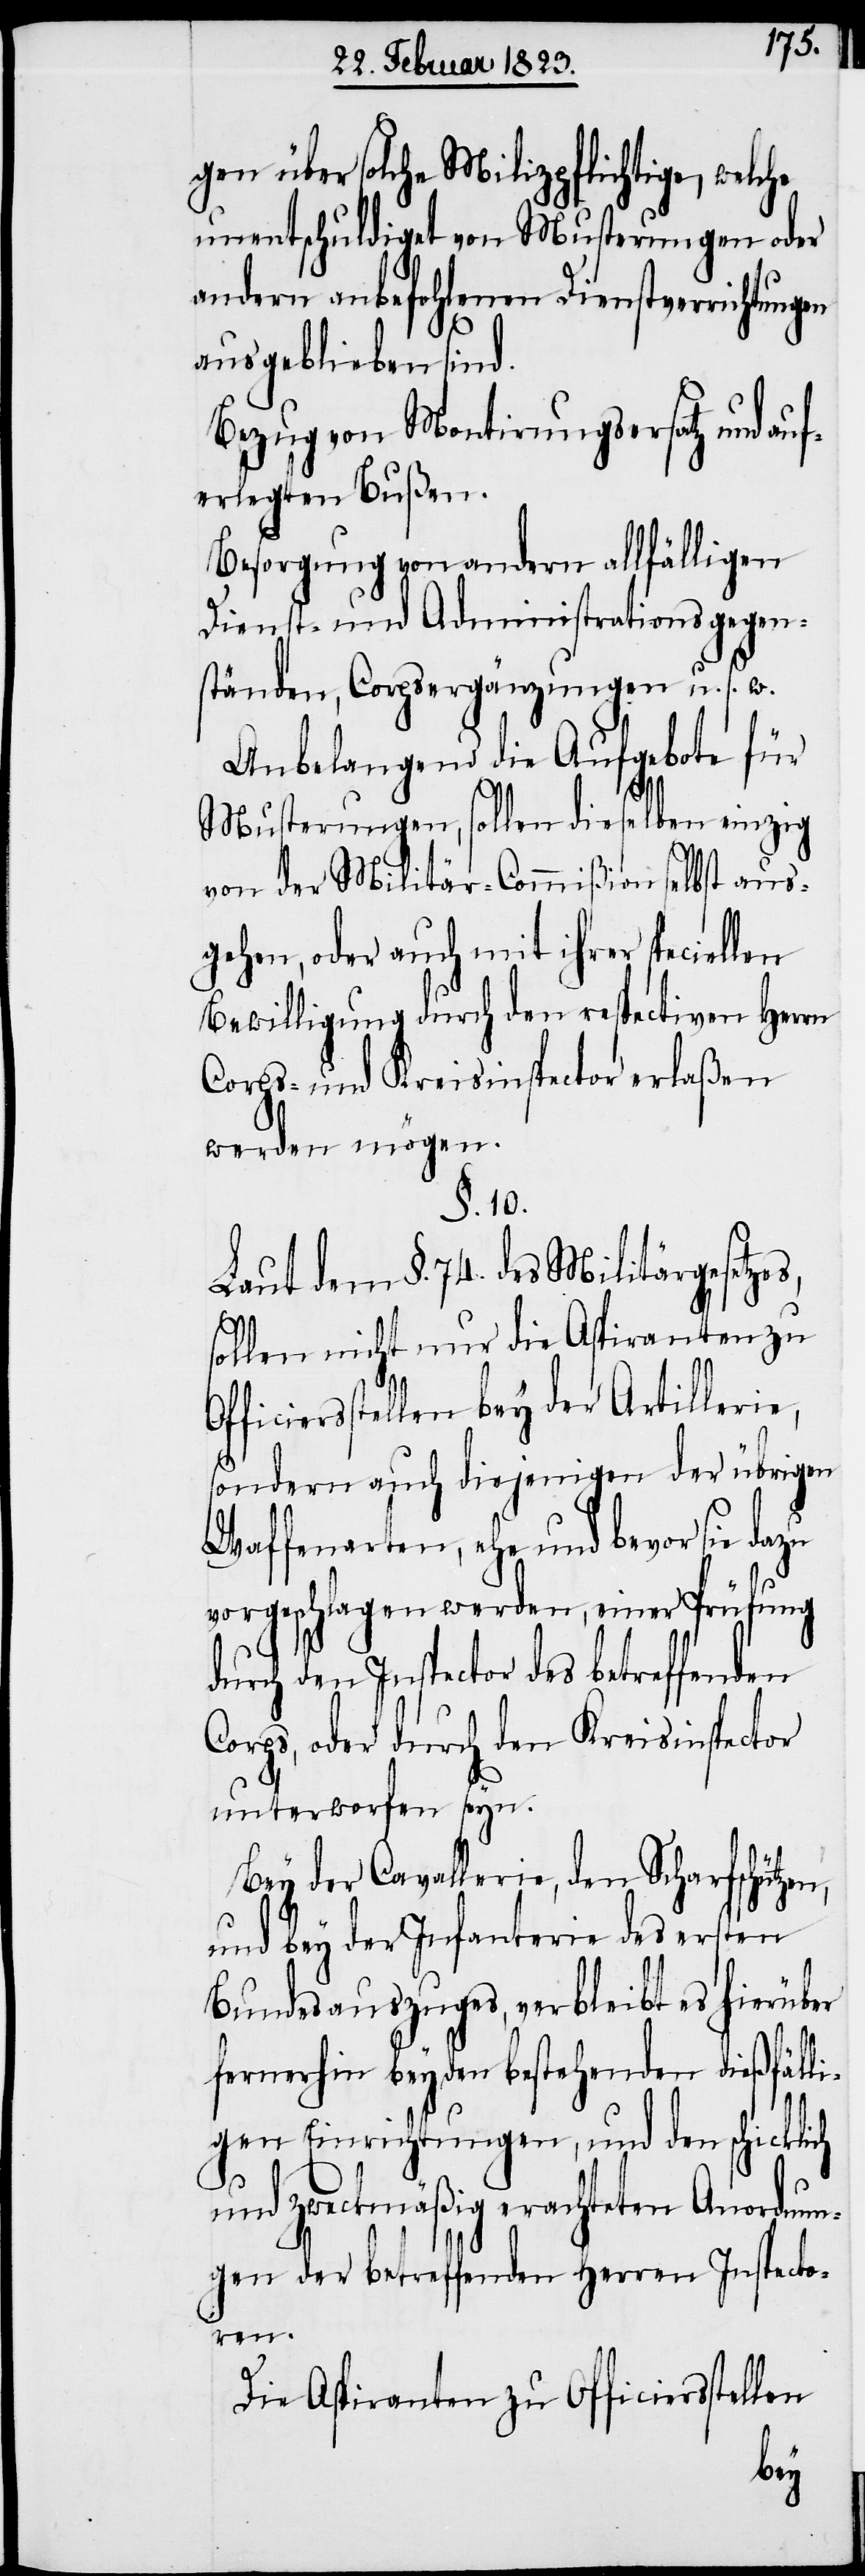
gen über solche Milizpflichtige, welche
unentschuldiget von Musterungen oder
andern anbefohlenen Dienstverrichtungen
ausgeblieben sind.
Bezug von Montirungsersatz und auf¬
erlegten Bußen.
Besorgung von andern allfälligen
Dienst- und Administrationsgegen¬
ständen, Corpsergänzungen u. s. w.
Anbelangend die Aufgebote für
Musterungen, sollen dieselben einzig
von der Militär-Commißion selbst aus¬
gehen, oder auch mit ihrer speciellen
Bewilligung durch den respectiven Herrn
Corps- und Kreisinspector erlaßen
werden mögen.
§. 10.
Laut dem §. 74. des Militärgesetzes,
sollen nicht nur die Aspiranten zu
fficiersstellen bey der Artillerie,
sondern auch diejenigen der übrigen
Waffenarten, ehe und bevor sie dazu
vorgeschlagen werden, einer Prüfung
durch den Inspector des betreffenden
Corps, oder durch den Kreisinspector
unterworfen seyn.
Bey der Cavallerie, den Scharfschütz¬
und bey der Infanterie des ersten
Bundesauszuges, verbleibt es hierüber
fernerhin bey den bestehenden dießfäll¬
igen Einrichtungen, und den schick¬
und zweckmäßig erachteten Anordnun¬
gen der betreffenden Herren Inspecto¬
ren.
Die Aspiranten zu Officiersstellen
lich